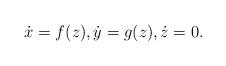
LaTeX: \begin{align*}\dot x =f(z),\dot y=g(z),\dot z=0.\end{align*}